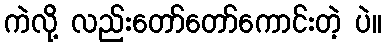
ကဲလို့ လည်းတော်တော်ကောင်းတဲ့ ပဲ။